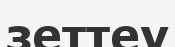
зеттеу